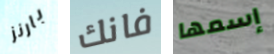
بارنز فانك إسمها